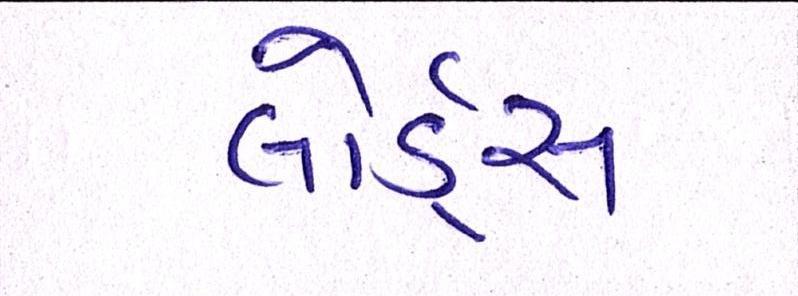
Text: લોર્ડ્સ